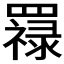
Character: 𦌟